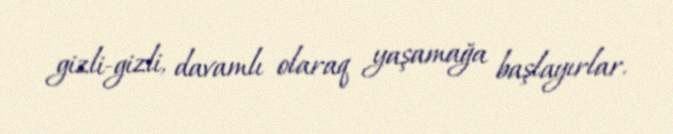
gizli-gizli, davamlı olaraq yaşamağa başlayırlar.